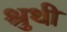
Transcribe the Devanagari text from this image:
श्रुथी